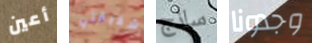
أعين شقيقتي ساذج وجدونا